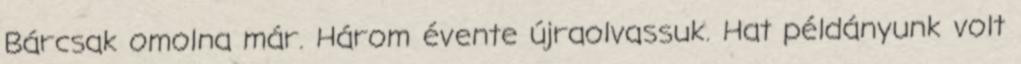
Bárcsak omolna már. Három évente újraolvassuk. Hat példányunk volt